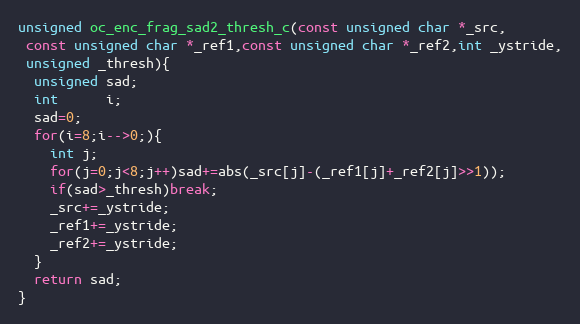
Language: C
unsigned oc_enc_frag_sad2_thresh_c(const unsigned char *_src,
 const unsigned char *_ref1,const unsigned char *_ref2,int _ystride,
 unsigned _thresh){
  unsigned sad;
  int      i;
  sad=0;
  for(i=8;i-->0;){
    int j;
    for(j=0;j<8;j++)sad+=abs(_src[j]-(_ref1[j]+_ref2[j]>>1));
    if(sad>_thresh)break;
    _src+=_ystride;
    _ref1+=_ystride;
    _ref2+=_ystride;
  }
  return sad;
}